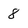
Character: 8